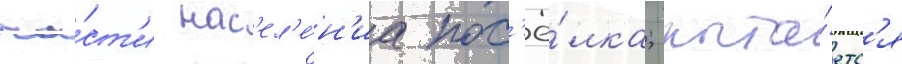
ча́ст'и нас'ел'е́н'иа пос'ё́лка; пыта́етс'я